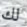
لك